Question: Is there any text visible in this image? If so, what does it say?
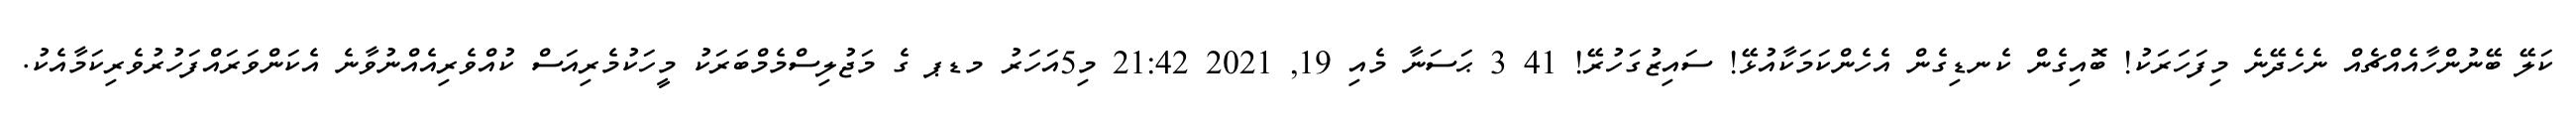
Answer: ކަލޭ ބޭނުންހާއެއްޗެއް ނެހެދޭނެ މިފަހަރަކު! ބޮއިގެން ކެނޑިގެން އެހެންކަމަކާއުޅޭ! ސައިޒުގަހުރޭ! 41 3 ޙަސަނާ މެއި 19, 2021 21:42 މި5އަހަރު މޑޕ ގެ މަޖުލިސްމެމްބަރަކު މީހަކުމެރިއަސް ކުއްވެރިއެއްނުވާނެ އެކަންވަރައްފަހުރުވެރިކަމާއެކު.